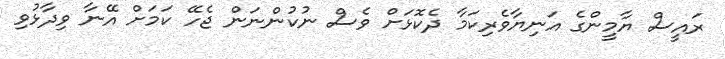
ރައީސް ޔާމީންގެ އަނިޔާވެރިކަމާ ދެކޮޅަށް ވެސް ނުކުންނަން ޖެހޭ ކަމަށް އޭނާ ވިދާޅުވި